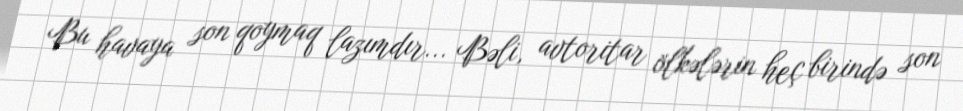
Bu havaya son qoymaq lazımdır... Bəli, avtoritar ölkələrin heç birində son